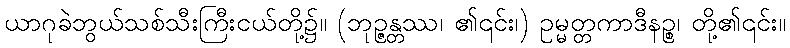
ယာဂုခဲဘွယ်သစ်သီးကြီးငယ်တို့၌။ (ဘုဉ္ဇန္တဿ၊ ၏၎င်း၊) ဥမ္မတ္တကာဒီနဉ္စ၊ တို့၏၎င်း။